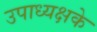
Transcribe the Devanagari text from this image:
उपाध्यक्षके